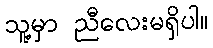
သူ့မှာ ညီလေးမရှိပါ။